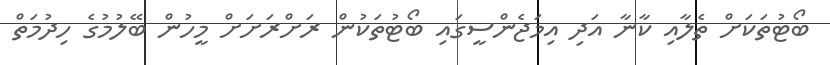
ބޯޓުތަކަށް ތެލާއި ކާނާ އަދި އިމަޖެންސީގައި ބޯޓުތަކުން ރަށްރަށަށް މީހުން ބޭލުމުގެ ހިދުމަތް